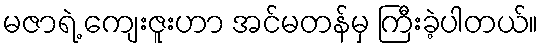
မဇာရဲ့ ကျေးဇူးဟာ အင်မတန်မှ ကြီးခဲ့ပါတယ်။